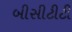
બીસીટીટી